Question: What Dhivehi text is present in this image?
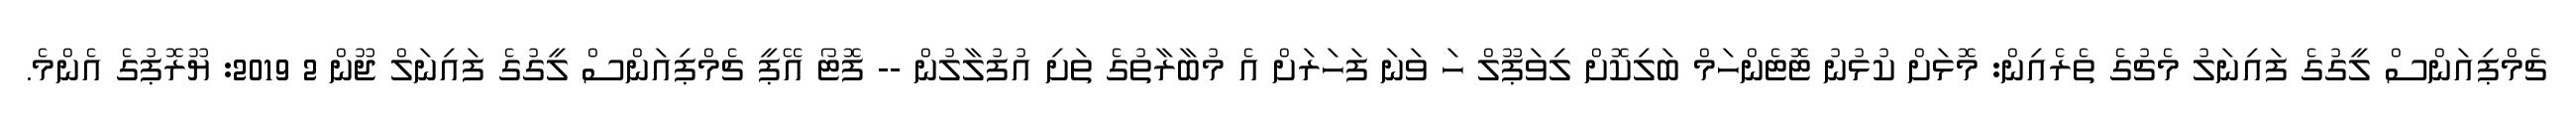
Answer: ޗެމްޕިއަންސް ލީގުގެ ފައިނަލު މެޗުގެ ތެރެއިން: މޮޅަށް ކުޅުނު ޓޮޓެންހަމް ބަލިކޮށް ލިވަޕޫލް ހަ ވަނަ ފަހަރަށް އެ މުބާރާތުގެ ތަށި އުފުލާލުން -- ފޮޓޯ އޭޕީ ޗެމްޕިއަންސް ލީގުގެ ފައިނަލް ޖޫން 2 2019: ޔޫރޮޕުގެ އެންމެ.